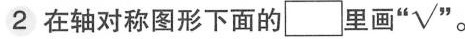
2在轴对称图形下面的\Box 里画 $$\surd $$ 。